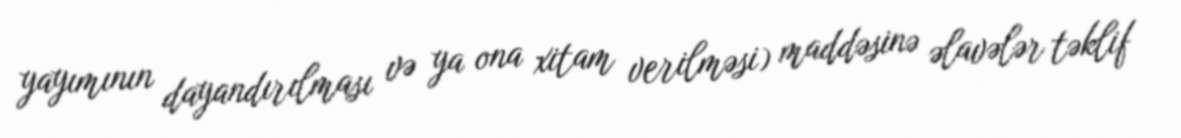
yayımının dayandırılması və ya ona xitam verilməsi) maddəsinə əlavələr təklif